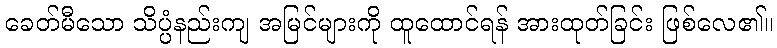
ခေတ်မီသော သိပ္ပံနည်းကျ အမြင်များကို ထူထောင်ရန် အားထုတ်ခြင်း ဖြစ်လေ၏။